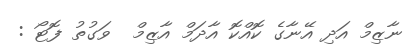
ނާޒިމް އަދި އޭނާގެ ކޮއްކޮ އާދަމް އާޒިމް  ވަގުތު ފޮޓޯ :